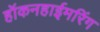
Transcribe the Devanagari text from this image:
हॉकनहाईमरिंग